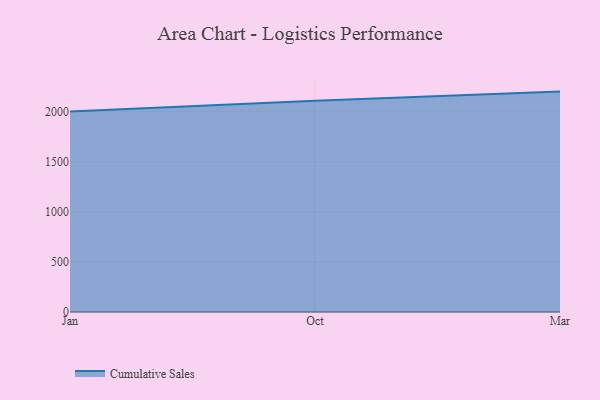
{"axis": {"x": "Month", "y": "Budget (USD K)"}, "legend": ["Cumulative Sales"], "data": [{"x": "Jan", "y": 2002.3, "type": "Cumulative Sales"}, {"x": "Oct", "y": 2111.0, "type": "Cumulative Sales"}, {"x": "Mar", "y": 2201.7, "type": "Cumulative Sales"}]}